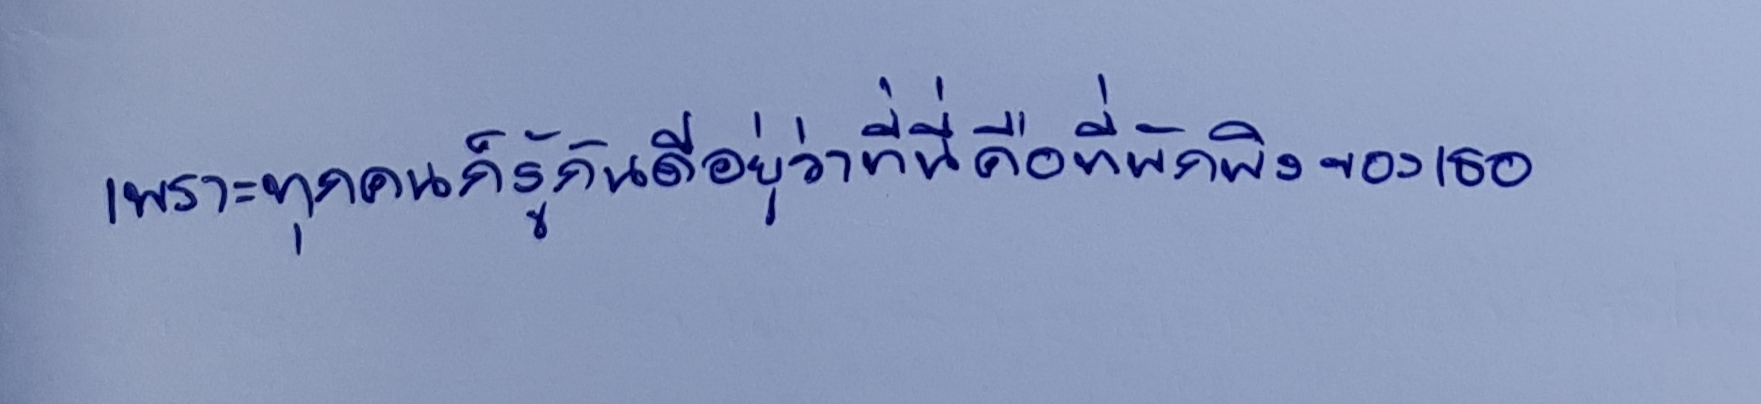
เพราะทุกคนก็รู้กันดีอยู่ว่าที่นี่คือที่พักของเธอ